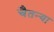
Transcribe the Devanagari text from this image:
चैतन्या